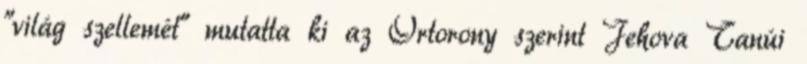
"világ szellemét" mutatta ki az Őrtorony szerint Jehova Tanúi